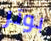
بوتر